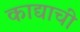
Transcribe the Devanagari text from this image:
काद्याची